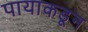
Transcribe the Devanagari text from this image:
पायाकडून